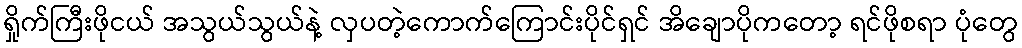
ရှိုက်ကြီးဖိုငယ် အသွယ်သွယ်နဲ့ လှပတဲ့ကောက်ကြောင်းပိုင်ရှင် အိချောပိုကတော့ ရင်ဖိုစရာ ပုံတွေ